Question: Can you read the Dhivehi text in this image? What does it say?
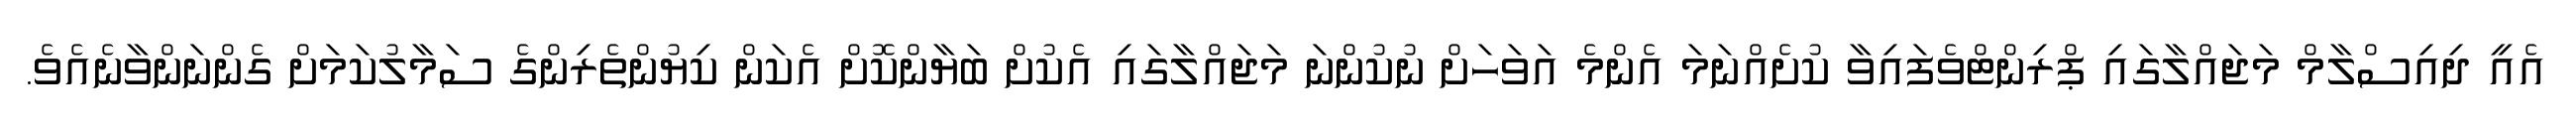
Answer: އެއީ ދިއިސްލާމް މަޖައްލާގައި ޕްރިންޓްވެފައިވާ ކުށެއްނަމަ އެންމެ އަވަހަށް ނުކުންނަ މަޖައްލާގައި އެކުށް ބަޔާންކޮށް އެކަން ކިޔުންތެރިންގެ ސަމާލުކަމަށް ގެންނަންވާނެއެވެ.